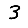
Digit: 3